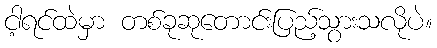
ငါ့ရင်ထဲမှာ တစ်ခုဆုတောင်းပြည့်သွားသလိုပဲ။